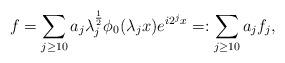
LaTeX: \begin{align*}f= \sum_{j\ge 10} a_j \lambda_j^{\frac 12} \phi_0(\lambda_j x) e^{i 2^j x} =: \sum_{j\ge 10} a_j f_j,\end{align*}